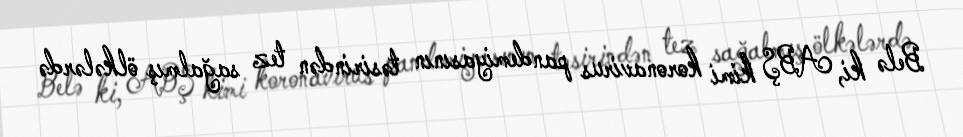
Belə ki, ABŞ kimi koronavirus pandemiyasının təsirindən tez sağalmış ölkələrdə